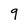
Character: 9